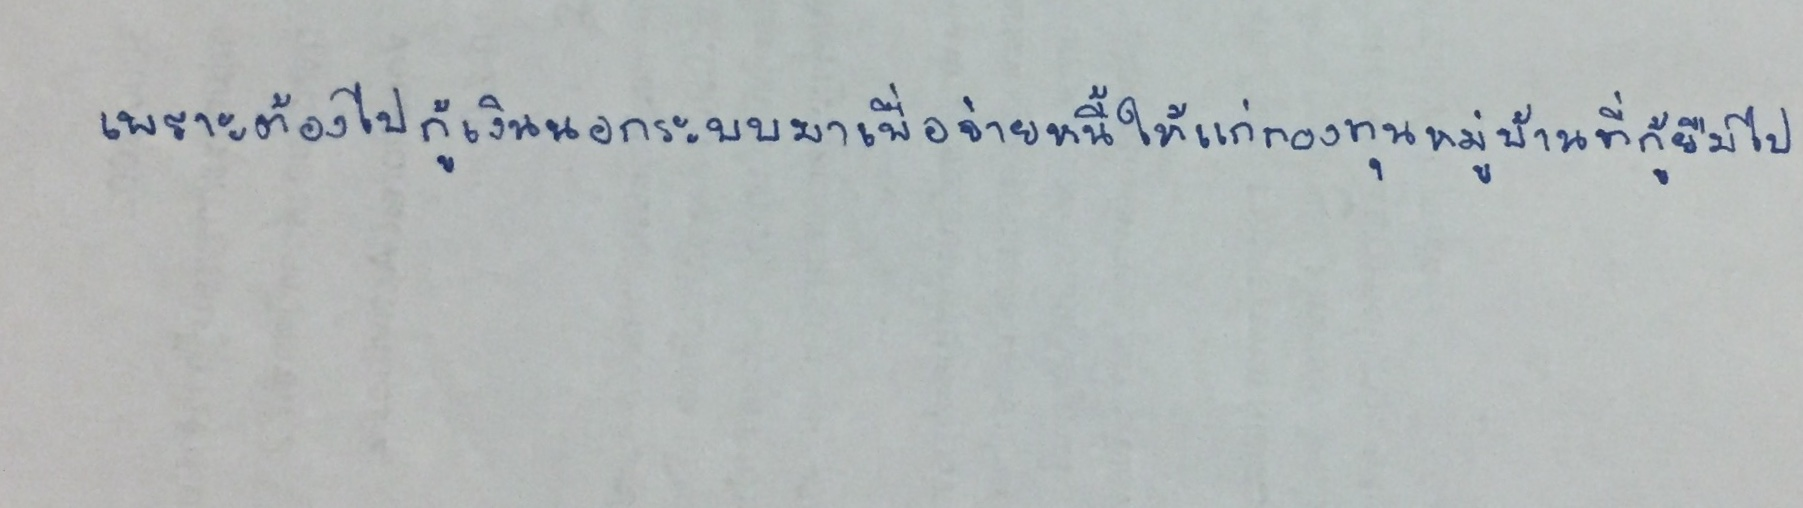
เพราะต้องไปกู้เงินนอกระบบมาเพื่อจ่ายหนี้ให้แก่กองทุนหมู่บ้านที่กู้ยืมไป